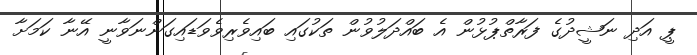
ޕީ އަދި ނަޝީދުގެ ފަރާތްޕުޅުން އެ ބައްދަލުވުން ތަކުގައި ބައިވެރިވެވަޑައިގަންނަވާނީ އޭނާ ކަމަށާ